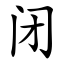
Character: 闭